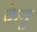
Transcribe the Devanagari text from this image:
केमु